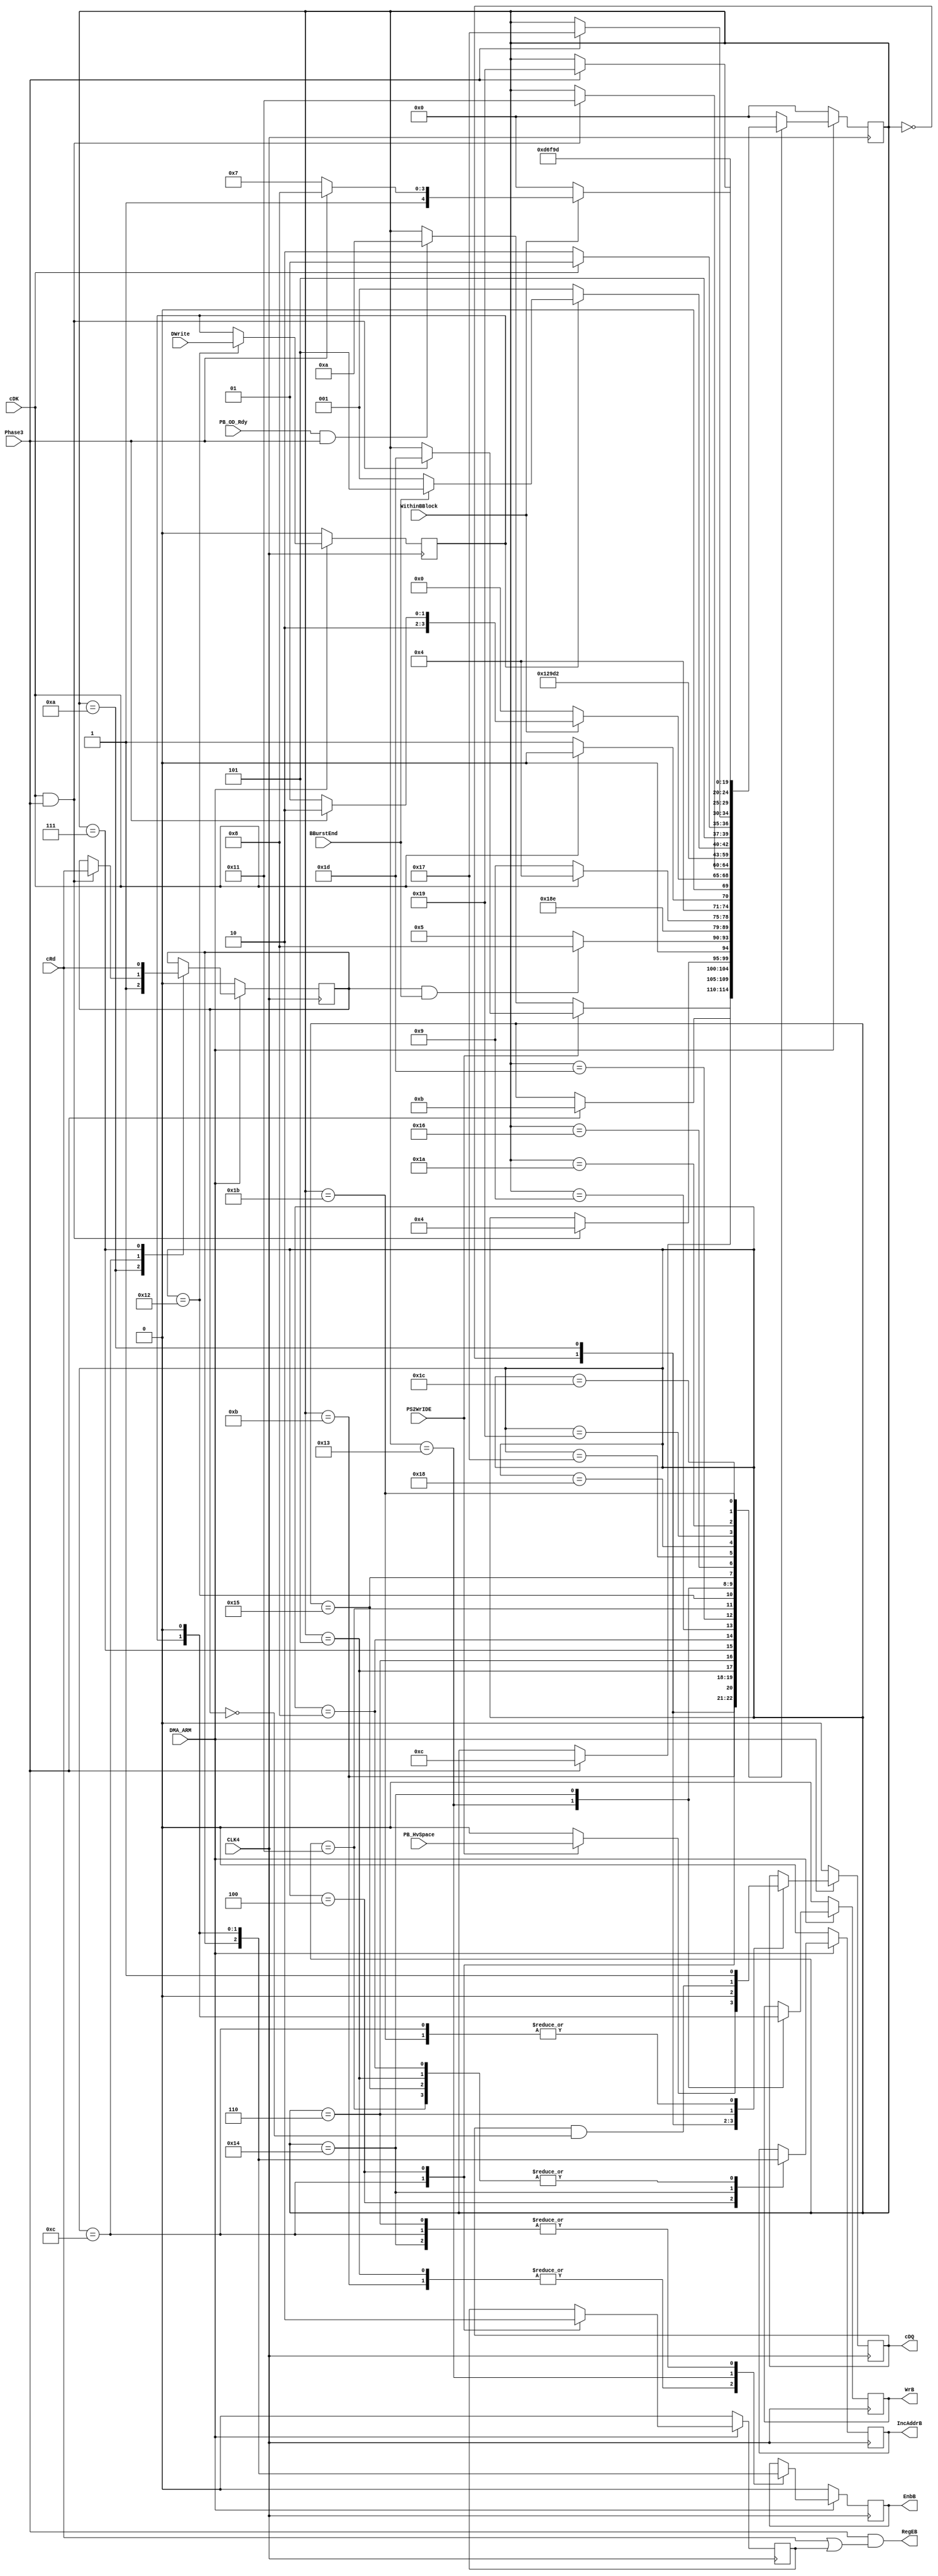
`timescale 1ns / 1ps
//////////////////////////////////////////////////////////////////////////////////
// Company: 
// Engineer: 
// 
// Design Name: 
// Module Name:    PS2_DMA - Behavioral 
// Project Name: 
// Target Devices: 
// Tool versions: 
// Description: 
//
// Dependencies: 
//
// Revision: 
// Revision 0.01 - File Created
// Additional Comments: 
//
//////////////////////////////////////////////////////////////////////////////////

module PS2_DMA (
//	PS2_DMA_STATE : out std_logic_vector(15 downto 0);
	input CLK4,				// 146.6MHz clock input
	input Phase3,		// the phases
////// external pin interface
	output reg cDQ,		// DMA request output
	input cDK,				// DMA acknowledge input
	input cRd,				// read pulse
	input DWrite,			// write and counter pulse
////// controlling signal
	input DMA_ARM		,		// signal from ctrllr to inits DMA
	input PS2WrIDE		,		// level indicating that PS2 is DMA writing IDE bus
//// PS2 DMA connecting to RAM interface
	input PB_OD_Rdy  ,			// set high if at least 512 bytes in buffer (only check high order bits)
	input PB_HvSpace  ,			// set high if there is at least 512 bytes empty space in buffer (only check high order bits)
	input WithinBBlock  ,		// high if (AddrB(6) | AddrB(5)) = 1
	input BBurstEnd	 ,			// high if AddrB = xxxx11111 = 1F
////
	output  reg IncAddrB  ,
	output  RegEB	 ,				// pipeline register enable
	output  reg EnbB	 ,
	output  reg WrB
);

reg DTook;
reg DWrote;

// reworking the state machines at 100807

parameter PIdle 	= 5'b00000;
/// read phases
parameter PR20 	= 5'b00100;
parameter PR21 	= 5'b00101;
parameter PR22 	= 5'b00110;
parameter PR23 	= 5'b00111;
parameter PR32 	= 5'b01000;
parameter PR37 	= 5'b01001;
parameter PR38 	= 5'b01010;
parameter PR38A 	= 5'b01011;
parameter PR38B 	= 5'b01100;
/// write phases
parameter PW01A	= 5'b10001;
parameter PW01B	= 5'b10010;
parameter PW01C	= 5'b10011;
parameter PW01D	= 5'b10100;
parameter PW32		= 5'b10101;
parameter PW35		= 5'b10110;
parameter PW36		= 5'b10111;
parameter PW37		= 5'b11000;
parameter PW38A	= 5'b11001;
parameter PW38B	= 5'b11010;
parameter PW38C	= 5'b11011;
parameter PW38D	= 5'b11100;
parameter PW40		= 5'b11101;

reg [4:0] PSST;
reg OPOvrRide;

////- ============== test stubs
//PS2_DMA_STATE (15 downto 6) <= "0000000000";
//PS2_DMA_STATE ( 5 downto 0) <= STATE(5 downto 0);
//TYPE GBState_type IS (A, B, C, D);
//SIGNAL GBState : GBState_Type;

//////////// ================== END OF TEST STUBBS =======================

assign RegEB = Phase3 & ( cRd | OPOvrRide );

//// ===================

always @(posedge CLK4) begin
if (DMA_ARM == 1'b0) begin
	cDQ			<= 1'b0;	// always no request
	DTook			<= 1'b0;
	DWrote		<= 1'b0;
	IncAddrB		<= 1'b0;
	OPOvrRide	<= 1'b0;
	EnbB			<= 1'b0;
	WrB			<=	1'b0;
	PSST			<= PIdle;
end else begin
	////===== State machine default state ======
	case (PSST)
	PIdle: begin
		if (PS2WrIDE == 1'b0) begin			// if reading from disk
			cDQ	<= 1'b0;						// always 0 if we don't have enough data
			if ((PB_OD_Rdy == 1'b1) && (Phase3 == 1'b1)) begin		// if there is data in the buffer
				PSST	<= PR38;			// go to PR38
			end
		end else begin
			cDQ	<= PB_HvSpace;				// high if we have space
			if ((cDK == 1'b1) && (Phase3 == 1'b1)) begin
				PSST	<= PW40;			// PSST 	<= PW40A;
			end
		end
	end
//////- ======== PS2 reading DMA states //////////////////////-
	PR38: begin
		cDQ		<= 1'b0;			// data not ready
		DTook		<= 1'b1;				// increment address for the every burst
		if (Phase3 == 1'b1) begin
			PSST <= PR38A;	// clock the state machine into correct phase
		end
	end
//////- ========================================================
	PR38A: begin
		EnbB		<= DTook;			// be generous, 4 cycle enable for RAM data
		if (Phase3 == 1'b1) begin
			PSST	<= PR38B;	// one dummy state
		end
	end
//////- ======== PR2 state, latch the data and wait for ACK going high
	PR38B: begin
		EnbB			<= 1'b0;		// no more force read enable for RAM
		OPOvrRide	<= 1'b1;		// always output the data
		cDQ			<= 1'b1;		// can request transfer now
		if ((Phase3 == 1'b1) && (cDK == 1'b1)) begin
			PSST 		<= PR20;			// acknowledge so proceed
			DTook		<= cRd;		// check if first data taken
		end
	end
//// ======= PS2 Reading the DMA RAM // loop here ===========================
	PR20: begin
		OPOvrRide	<= 1'b0;		// no need to force output data now
		IncAddrB		<= DTook;	// data taken, rush data to output
		if ((DTook == 1'b1) && (BBurstEnd == 1'b1)) begin		// if currently pointing to last address and data taken
			PSST		<= PR32;		// address will be inc past, so just goto last stage, output registers are all set already
		end else begin
			PSST		<= PR21;	// continue
		end
	end
	PR21: begin
		IncAddrB	<=	1'b0;			// no more address increment
		EnbB		<= DTook;				// if data taken then update the Enb pulse correct phase enable pulse
		PSST		<= PR22;
	end
	PR22: begin
		EnbB		<= 1'b0;					// RAM enable turn off after this cycle
		cDQ		<= cDQ & ~DTook;		// keep request until first data taken cDQ will fall at end of Phase 2
		PSST		<= PR23;
	end
	PR23: begin
		DTook		<= cRd;			// if read is asserted at phase 3, data was took
		if (cDK == 1'b1) begin
			PSST <= PR20;
		end else begin
			PSST <= PR37;		// cDK gone unexpectedly
		end
	end
//		if (DTaken == 1'b0) begin
//			PSST	<= PR01A;			// data not taken, keep looping
//		end else begin
//			IncAddrB	<= 1'b1;			// data taken, new address
//			if (BBurstEnd == 1'b1) begin		// if currently pointing to last address and data taken
//				PSST		<= PR32;		// go to last state, register must have been set
//			end else begin
//				PSST		<= PR01A;	// loop back
//			end
//		end
////- ======== PR32 state // last clock, cleaning the pipeline
	PR32: begin						// outputing the last data
		IncAddrB	<=	1'b0;			// no more address increment
		if (cDK == 1'b1) begin
			PSST		<= PR32;
		end else begin
			PSST 		<= PR37;		// idle end
		end
	end
////- ======================= End of DMA loops ==========================
	PR37: begin
		if (WithinBBlock == 1'b1) begin
			if (Phase3 == 1'b1) begin
				PSST	<= PR38;		// loop back and do again
			end else begin
				PSST	<= PR37;
			end
		end else begin
			PSST <= PIdle;			// block transferred go back to idle state
		end
	end
//////================== End of DMA Read loop ===========================
//////======== PS2 writing DMA RAM, PW40A ===================== 
	PW40: begin
		if ((Phase3 == 1'b1) && (cDK == 1'b1)) begin
			PSST	<= PW01A;		// clock the state machine into correct phase
		end
	end
////////- =========== PW01A ====================================
	PW01A: begin
		IncAddrB	<= 1'b0;		// no more increment address
		PSST		<= PW01B;
	end
	PW01B: begin
		DWrote	<= DWrite;		// a cleaner condition for testing
		PSST		<= PW01C;
	end
	PW01C: begin
		EnbB		<= DWrote;	// enable write the RAM in the end of phase 3
		WrB		<= DWrote;	// will write the RAM in phase 3
		PSST		<= PW01D;
	end
	PW01D: begin
		EnbB		<= 1'b0;		// always turn off the RAM to conserve power
		WrB		<= 1'b0;
		IncAddrB	<= DWrote;			// need to increment address if we have wrote anything last cycle
		if (DWrote == 1'b1) begin		// if last time we have written
			if (BBurstEnd == 1'b1) begin	// if address before increment is last for this burst
				PSST	<= PW32;		// then we exit the loop for a while
			end else begin
				PSST	<= PW01A;	// else loop back
			end
		end else begin
			PSST	<= PW01A;		// last time we have not written anything; loop again
		end
	end
////- ======== PW32 state, wait for 8 cycles and raise the CDREQ
	PW32: begin
		IncAddrB		<= 1'b0;			// clear the increment address
		if (cDK == 1'b1) begin
			PSST <= PW32;		// loop back and wait until no more cDK
		end else begin
			PSST <= PW35;
		end
	end
//// ======== finish burst writing and cDK deassert, now check status of buffer
	PW35: begin
		if (Phase3 == 1'b1) begin
			PSST <= PW36;
		end
	end
	PW36: begin
		if (WithinBBlock == 1'b1) begin
			if (Phase3 == 1'b1) begin
				PSST <= PW37;	// skip and continue looping to write sector data
			end else begin
				PSST <= PW36;		// loop here waiting
			end
		end else begin
			PSST <= PIdle;	//- lead out to Idle state
		end
	end
//// ============================================================
	PW37:	begin
		if (Phase3 == 1'b1) begin
				PSST <= PW38A;
		end
	end
//// =================================================================
	PW38A: begin
		PSST	<= PW38B;
	end
	PW38B: begin
		PSST	<= PW38C;
	end
	PW38C: begin
		cDQ <= 1'b1;			// Raise the LREQ again at the falling edge of CLK
		PSST	<= PW38D;
	end
	PW38D: begin
		PSST <= PW40;		// loop again
	end
////================== End of DMA Write loop ===========================
	default: begin 
	   PSST <= PIdle;
	end
	endcase
end // rising_edge(CLK4)
end 

endmodule